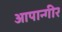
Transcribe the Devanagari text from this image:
आपान्गीर